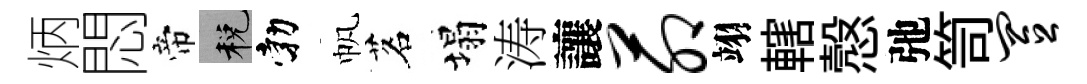
炳悶帝税勃帆茗塌涛讓茆翊轄慤弛笥置